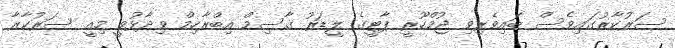
ސަރުކާރުގައިވެސް ބައިވެރިވި ޖުމްހޫރީ ޕާޓީގެ ލީޑަރު ގާސިމް އިބްރާހިމް ވިދާޅުވީ މިއީ ސަރުކާރާ